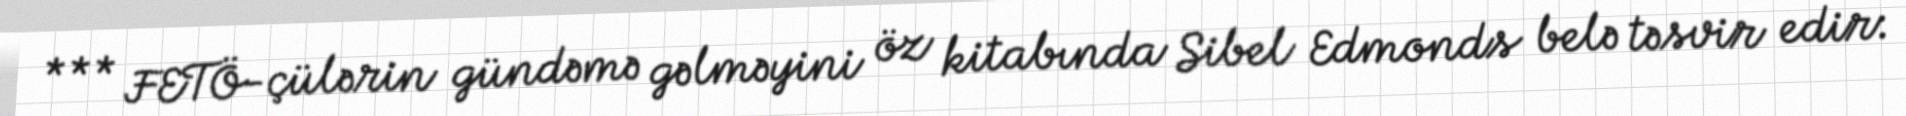
*** FETÖ-çülərin gündəmə gəlməyini öz kitabında Sibel Edmonds belə təsvir edir: